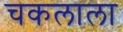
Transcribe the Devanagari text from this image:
चकलाला